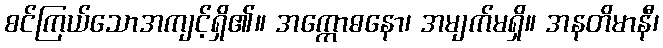
စင်ကြယ်သောအကျင့်ရှိ၏။ အက္ကောဓနော၊ အမျက်မရှိ။ အနတိမာနီ၊